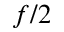
f / 2